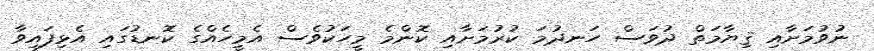
ނުވުމަށާއި ޤިޔާމަތް ދުވަސް ހަނދުމަ ކުރުމަށާއި ކޮންމެ މީހަކުވެސް އެމީހެއްގެ ކޮނޑުގައި އެޅިފައިވާ